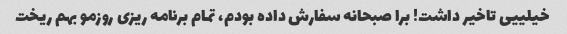
خیلییی تاخیر داشت! برا صبحانه سفارش داده بودم، تمام برنامه ریزی روزمو بهم ریخت